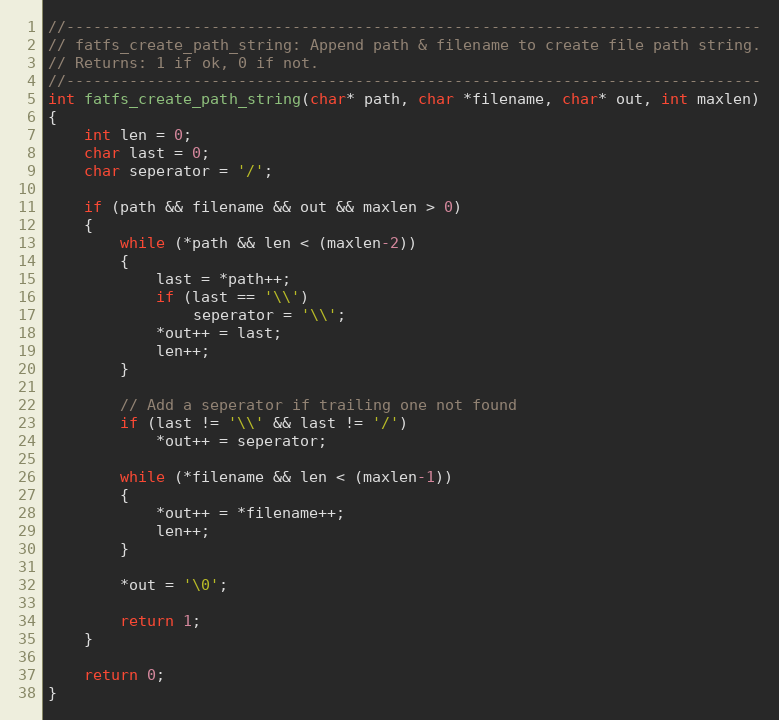
Language: C
//-----------------------------------------------------------------------------
// fatfs_create_path_string: Append path & filename to create file path string.
// Returns: 1 if ok, 0 if not.
//-----------------------------------------------------------------------------
int fatfs_create_path_string(char* path, char *filename, char* out, int maxlen)
{
    int len = 0;
    char last = 0;
    char seperator = '/';

    if (path && filename && out && maxlen > 0)
    {
        while (*path && len < (maxlen-2))
        {
            last = *path++;
            if (last == '\\')
                seperator = '\\';
            *out++ = last;
            len++;
        }

        // Add a seperator if trailing one not found
        if (last != '\\' && last != '/')
            *out++ = seperator;

        while (*filename && len < (maxlen-1))
        {
            *out++ = *filename++;
            len++;
        }

        *out = '\0';

        return 1;
    }

    return 0;
}